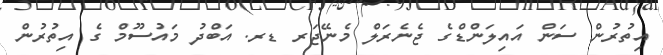
އިތުރުން ސަން އައިލަންޑްގެ ޖެނެރަލް މެނޭޖަރ ޑރ. އަބްދު މައުސޫމް ގެ އިތުރުން